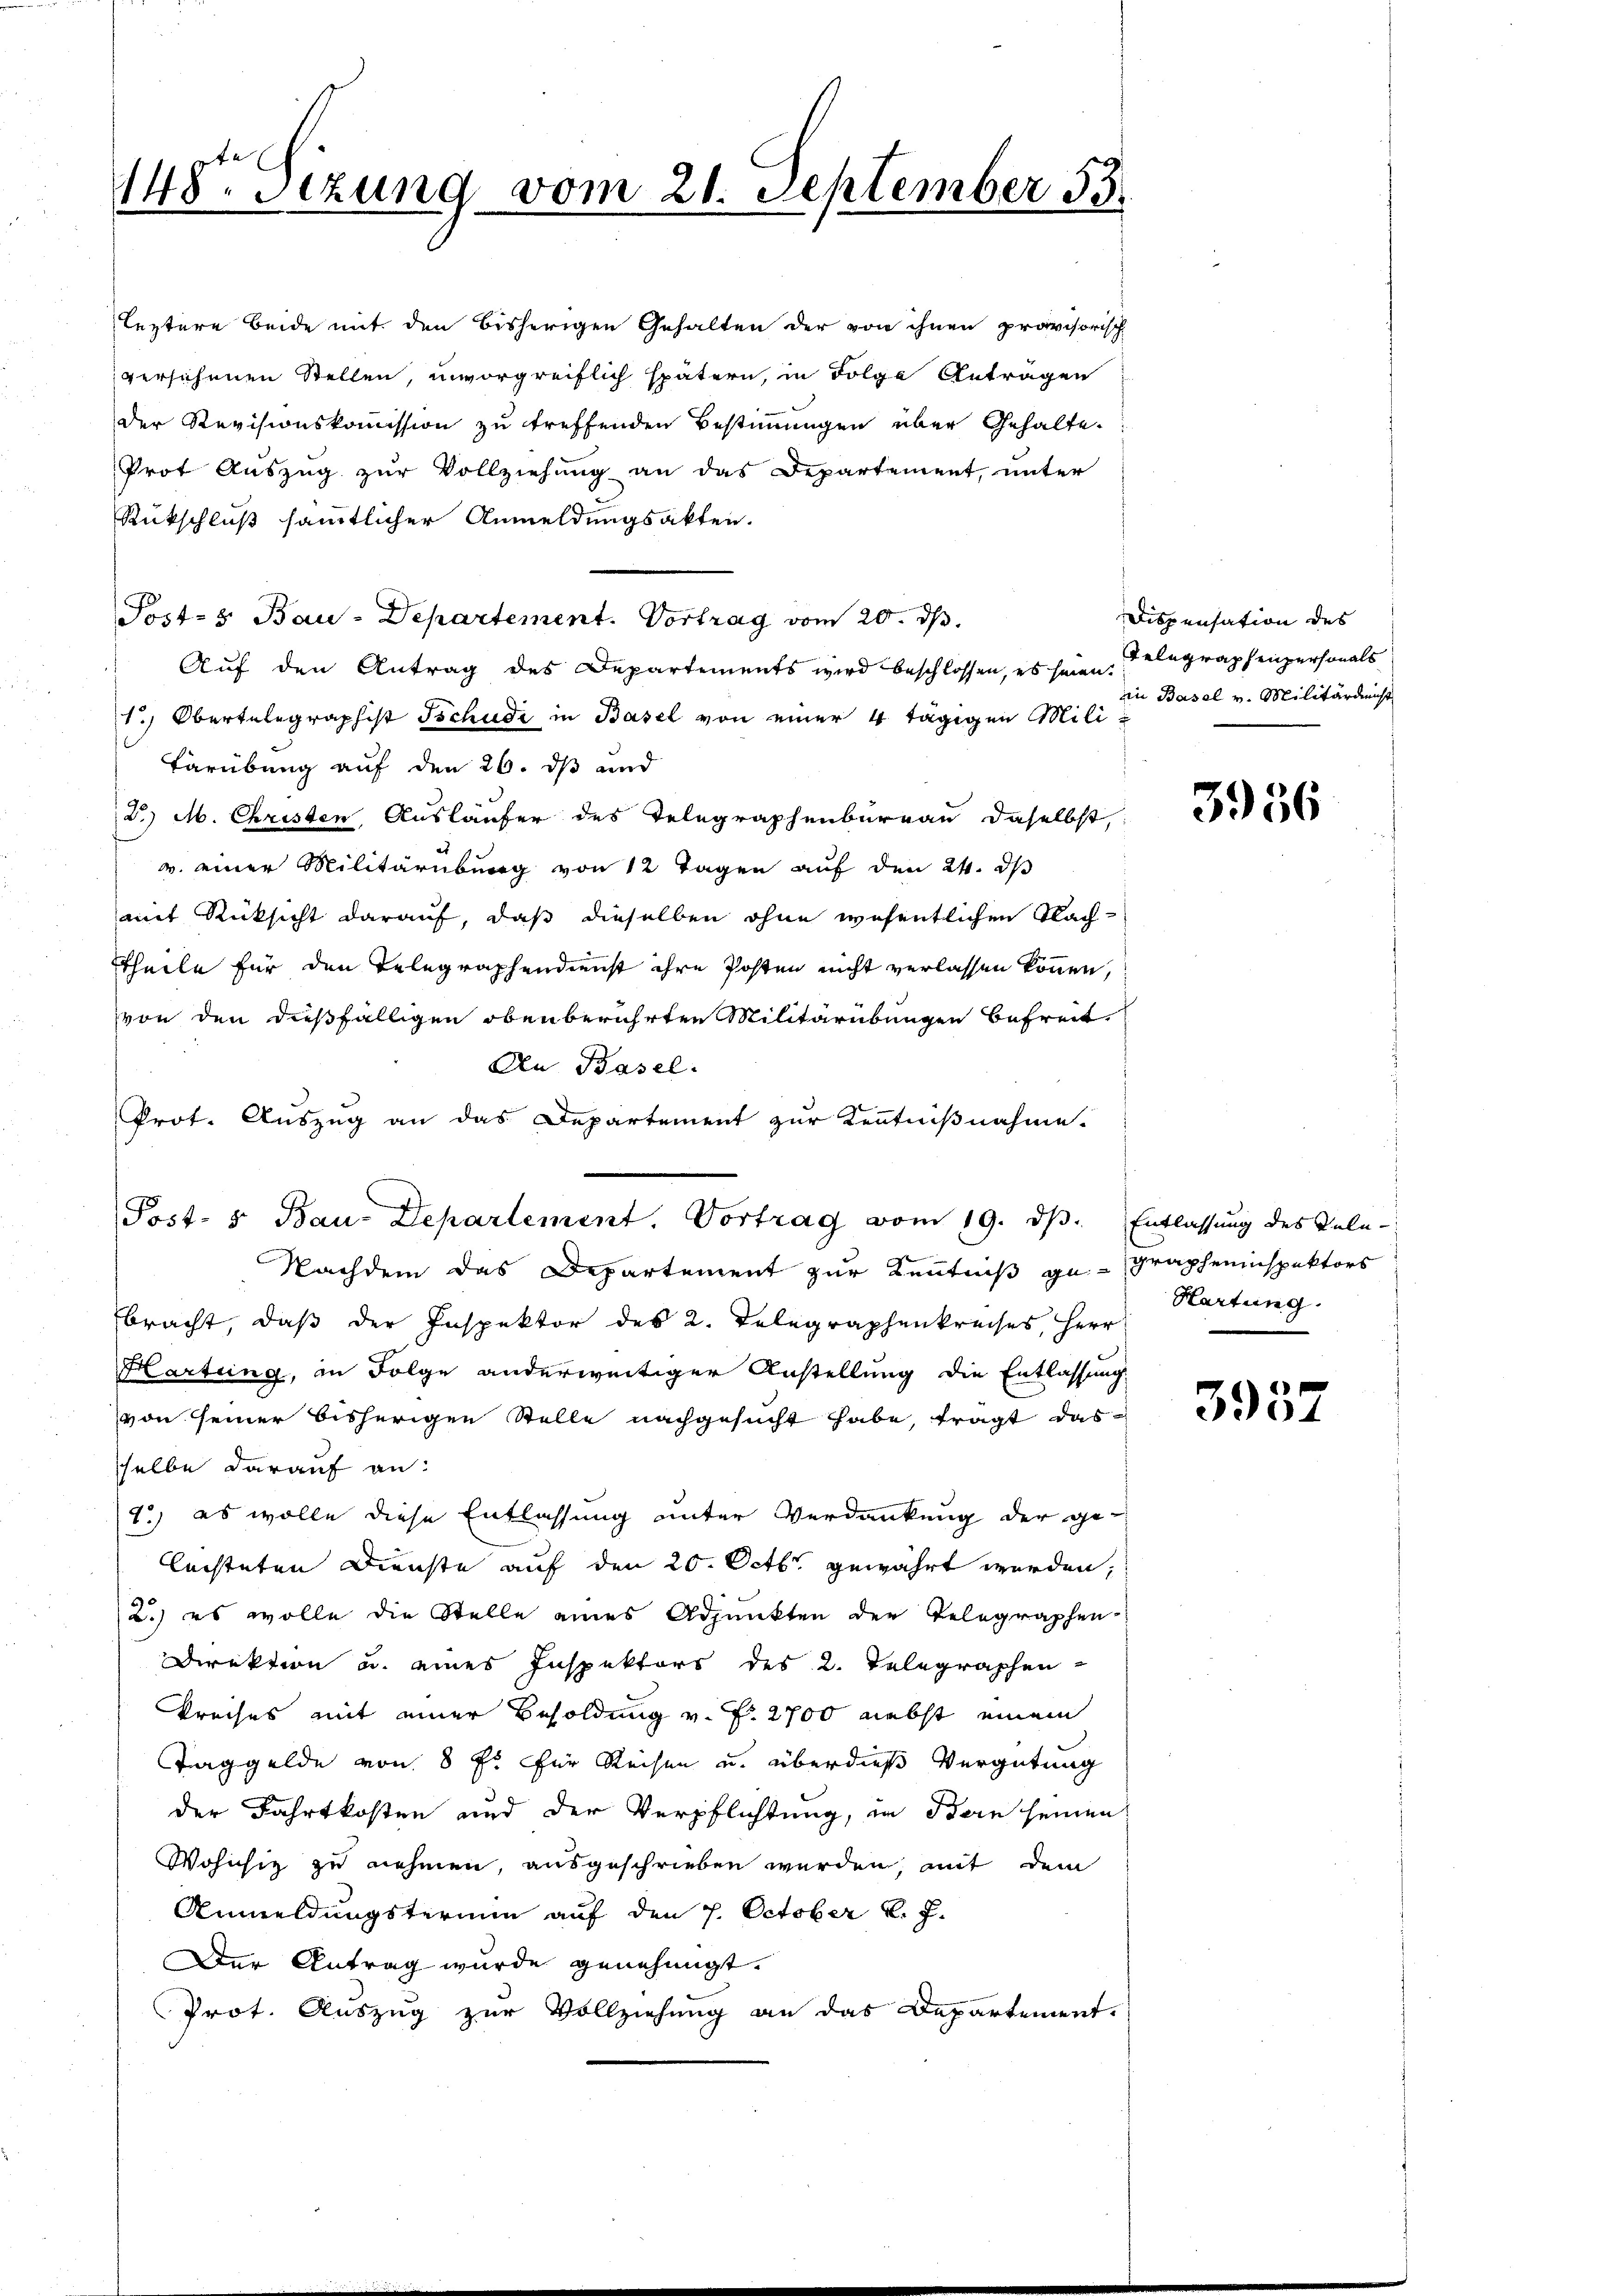
148. Sizung vom 21. September 33.

leztere beide mit den bisherigen Gehalten der von ihnen provisorisch
versichenen Stellen, unvorgreiflich spätern, in Folge Antragen
der Revisionskommission zu treffenden Bestimmungen über Gehalte.
Prot Aŭszŭg zŭr Vollziehŭng an das Departement, ŭnter
Rückschluß sämtlicher Anmeldungsakten.
Post- & Bau-Departement. Vortrag vom 20. d.
Auf den Antrag des Departements wird beschlossen, es seien. Telegraphenpersonals
1.) Obertelegraphist Tschudi in Basel von einer 4 tägigen Militärübung auf den 26. ds und
2.) M. Christen Ausläufer des Telegraphenburgau daselbst,
v. einer Militärübung von 12 Tagen auf den 24. ds
mit Rücksicht darauf, daß dieselben ohne wesentlichen Nachttheile für den Telegraphendienst ihre Posten nicht verlassen können,
von den dießfälligen obenberührten Militärübungen befreit.
An Basel.
Prot. Auszug an das Departement zur Kenntnißnahme.
Nachdem das Departement zur Kenntniß gegrapheninspektors
bracht, daß der Inspektor des 2. Telegraphenkreises, Herr
Hartung, in Folge anderweitiger Anstellung die Entlassung
von seiner bisherigen Stelle nachgesucht habe, tragt das
sselbe darauf an:
2.) es wolle diese Entlassung unter Verdankung der ge-
lachteten Dienste auf den 20. Octb. gewährt werden;
2.) es wolle die Stelle eines Adjunkten der Telegraphen-
Direktion u. eines Inspektors des 2. Telegraphen
Preises mit einer Besoldung v. P. 2700 nebst einem
Taggelde von 8 f. für Reisen u. überdieß Vergütung
der Fahrtkosten und der Verpflichtung, in Bern seinen
Wohnsitz zu nehmen, ausgeschrieben werden, mit dem
Anmeldungstermin auf den 7. October k. J.
Der Antrag wurde genehmigt.
Prot. Auszug zur Vollziehung an das Departement.

Post- 5. Bau-Departement. Vortrag vom 19. dβ. Entlassung des Tele-

Dispensation des
in Basel v. Militärdienst

3956

Hartung

3957